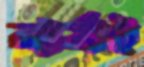
বর্ষই